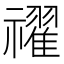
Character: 𥜔